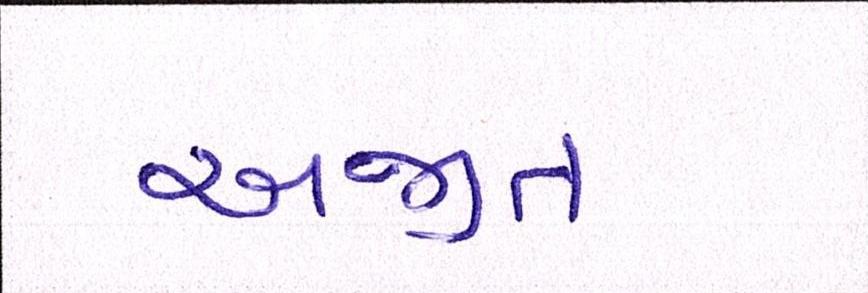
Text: અજીત